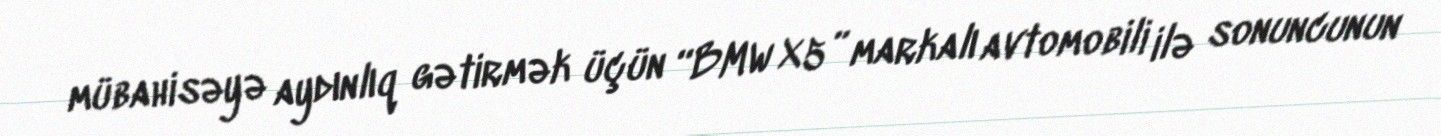
mübahisəyə aydınlıq gətirmək üçün “BMW X5” markalı avtomobili ilə sonuncunun